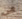
من